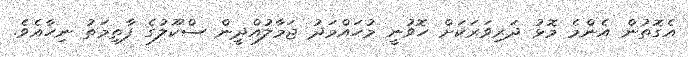
އެގޮތުން އެންމެ މޮޅު ދަރިވަރަކަށް ހޮވުނީ މުހައްމަދު ޖަމާލުއްދީން ސްކޫލުގެ ފާތިމަތު ނިހާއެވެ.